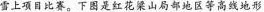
雪上项目比赛。下图是红花梁山局部地区等高线地形